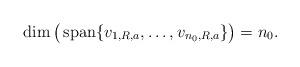
LaTeX: \begin{align*}\mathop{\rm dim}\big(\mathop{\rm span} \{v_{1,R,a},\ldots,v_{n_0,R,a}\}\big)=n_0.\end{align*}